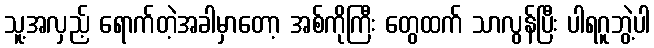
သူ့အလှည့် ရောက်တဲ့အခါမှာတော့ အစ်ကိုကြီး တွေထက် သာလွန်ပြီး ပါရဂူဘွဲ့ပါ